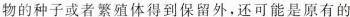
物的种子或者繁殖体得到保留外，还可能是原有的